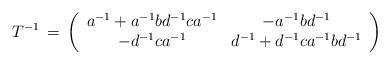
LaTeX: \begin{align*}T^{-1}\,=\,\left( \begin{array}{cc} a^{-1}+a^{-1}bd^{-1}ca^{-1} & -a^{-1}bd^{-1} \\ -d^{-1}ca^{-1} & d^{-1}+d^{-1}ca^{-1}bd^{-1} \end{array} \right)\end{align*}